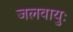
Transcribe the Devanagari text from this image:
जलवायुः